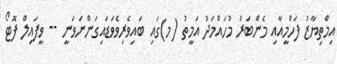
އިމްތިޔާޒު ފަހްމީއާއި މެންބަރު މުހައްމަދު އަމީތު (މ)ގައި ބައިވެރިވެވަޑައިގަންނަވަނީ -- ވީފައިލް ފޮޓޯ